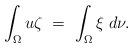
LaTeX: \begin{align*}\int_\Omega u\zeta\ =\ \int_\Omega \xi\;d\nu.\end{align*}